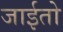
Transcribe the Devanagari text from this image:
जाईतो